Annual statistical returns and brief notes on vaccination in Bengal - 1909-1929
Year: 1909
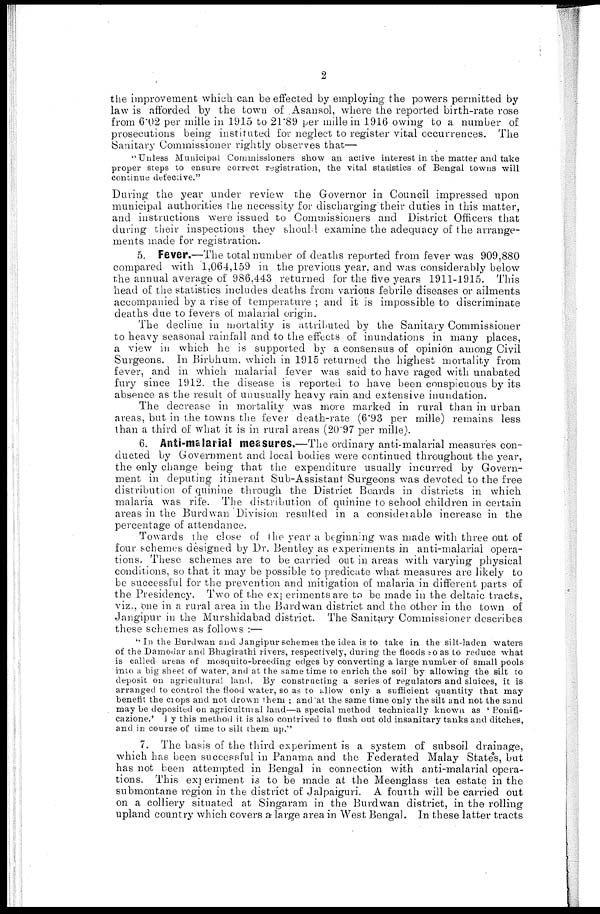
2
the improvement which can be effected by employing the powers permitted by
law is afforded by the town of Asansol, where the reported birth-rate rose
from 6.02 per mille in 1915 to 21.89 per mille in 1916 owing to a number of
prosecutions being instituted for neglect to register vital occurrences. The
Sanitary Commissioner rightly observes that—
"Unless Municipal Commissioners show an active interest in the matter and take
proper steps to ensure correct registration, the vital statistics of Bengal towns will
continue defective."
During the year under review the Governor in Council impressed upon
municipal authorities the necessity for discharging their duties in this matter,
and instructions were issued to Commissioners and District Officers that
during their inspections they should examine the adequacy of the arrange-
ments made for registration.
5. Fever.—The total number of deaths reported from fever was 909,880
compared with 1,064,159 in the previous year, and was considerably below
the annual average of 986,443 returned for the five years 1911-1915. This
head of the statistics includes deaths from various febrile diseases or ailments
accompanied by a rise of temperature ; and it is impossible to discriminate
deaths due to fevers of malarial origin.
The decline in mortality is attributed by the Sanitary Commissioner
to heavy seasonal rainfall and to the effects of inundations in many places,
a view in which he is supported by a consensus of opinion among Civil
Surgeons. In Birbhum, which in 1915 returned the highest mortality from
fever, and in which malarial fever was said to have raged with unabated
fury since 1912. the disease is reported to have been conspicuous by its
absence as the result of unusually heavy rain and extensive inundation.
The decrease in mortality was more marked in rural than in urban
areas, but in the towns the fever death-rate (6.93 per mille) remains less
than a third of what it is in rural areas (20.97 per mille).
6. Anti-malarial measures.—The ordinary anti-malarial measures con-
ducted by Government and local bodies were continued throughout the year,
the only change being that the expenditure usually incurred by Govern-
ment in deputing itinerant Sub-Assistant Surgeons was devoted to the free
distribution of quinine through the District Boards in districts in which
malaria was rife. The distribution of quinine to school children in certain
areas in the Burdwan Division resulted in a considerable increase in the
percentage of attendance.
Towards the close of the year a beginning was made with three out of
four schemes designed by Dr. Bentley as experiments in anti-malarial opera-
tions. These schemes are to be carried out in areas with varying physical
conditions, so that it may be possible to predicate what measures are likely to
be successful for the prevention and mitigation of malaria in different parts of
the Presidency. Two of the experiments are to be made in the deltaic tracts,
viz., one in a rural area in the Burdwan district and the other in the town of
Jangipur in the Murshidabad district. The Sanitary Commissioner describes
these schemes as follows :—
'' In the Burdwan and Jangipur schemes the idea is to take in the silt-laden waters
of the Damodar and Bhagirathi rivers, respectively, during the floods so as to reduce what
is called areas of mosquito-breeding edges by converting a large number of small pools
into a big sheet of water, and at the same time to enrich the soil by allowing the silt to
deposit on agricultural land. By constructing a series of regulators and sluices, it is
arranged to control the flood water, so as to allow only a sufficient quantity that may
benefit the crops and not drown them ; and at the same time only the silt and not the sand
may be deposited on agricultural land—a special method technically known as 'Bonifi-
cazione.' By this method it is also contrived to flush out old insanitary tanks and ditches,
and in course of time to silt them up."
7. The basis of the third experiment is a system of subsoil drainage,
which has been successful in Panama and the Federated Malay States, but
has not been attempted in Bengal in connection with anti-malarial opera-
tions. This experiment is to be made at the Meenglass tea estate in the
submontane region in the district of Jalpaiguri. A fourth will be carried out
on a colliery situated at Singaram in the Burdwan district, in the rolling
upland country which covers a large area in West Bengal. In these latter tracts